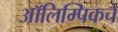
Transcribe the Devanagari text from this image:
आॅलिम्पिकचे